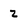
Character: 2